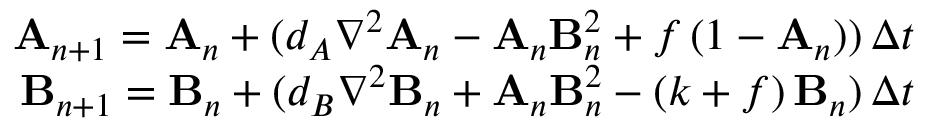
\begin{array} { r } { \mathbf { A } _ { n + 1 } = \mathbf { A } _ { n } + ( d _ { A } \nabla ^ { 2 } \mathbf { A } _ { n } - \mathbf { A } _ { n } \mathbf { B } _ { n } ^ { 2 } + f \, ( 1 - \mathbf { A } _ { n } ) ) \, \Delta t } \\ { \mathbf { B } _ { n + 1 } = \mathbf { B } _ { n } + ( d _ { B } \nabla ^ { 2 } \mathbf { B } _ { n } + \mathbf { A } _ { n } \mathbf { B } _ { n } ^ { 2 } - ( k + f ) \, \mathbf { B } _ { n } ) \, \Delta t } \end{array}